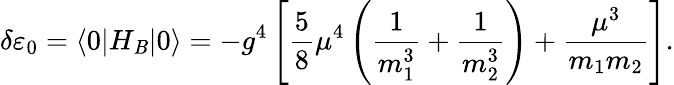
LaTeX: \delta\varepsilon_{0}=\langle0|H_{\mathit{B}}|0\rangle=-g^{4}\left[{\frac{{5}}{{8}}}\mu^{4}\left(\frac{{1}}{{m_{1}^{3}}}+\frac{{1}}{{m_{2}^{3}}}\right)+\frac{{\mu^{3}}}{{m_{1}m_{2}}}\right].